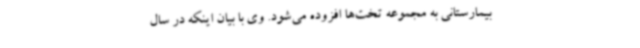
بیمارستانی به مجموعه تخت‌ها افزوده می‌شود. وی با بیان اینکه در سال